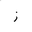
Letter: _zay